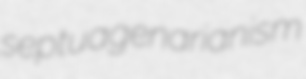
septuagenarianism